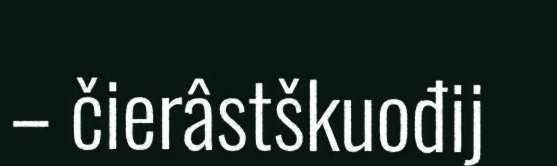
– čierâstškuođij